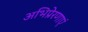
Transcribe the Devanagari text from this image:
अभिप्रेरणाएं